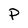
Character: P